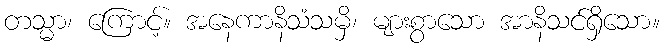
တသ္မာ၊ ကြောင့်။ အနေကာနိသံသမှိ၊ များစွာသော အာနိသင်ရှိသော။